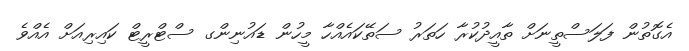
އެގޮތުން ފަލަސްތީނަށް ތާއީދުކުރާ ހަތަރު ސަތޭކައެއްހާ މީހުން ޑައުނިންގ ސްޓްރީޓް ކައިރިއަށް އެއްވެ